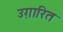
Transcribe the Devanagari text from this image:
उग़ारित